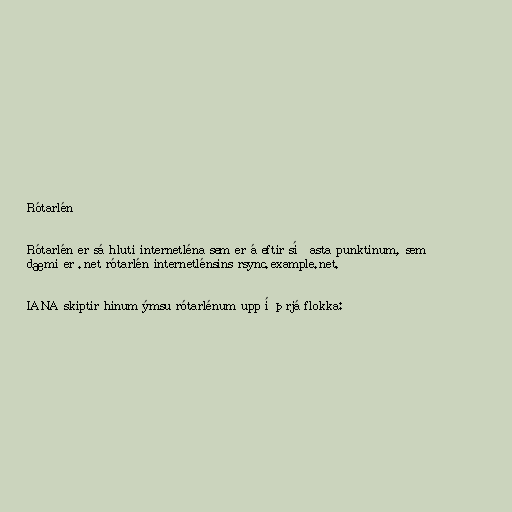
Rótarlén

Rótarlén er sá hluti internetléna sem er á eftir síðasta punktinum, sem
dæmi er .net rótarlén internetlénsins rsync.example.net.

IANA skiptir hinum ýmsu rótarlénum upp í þrjá flokka: